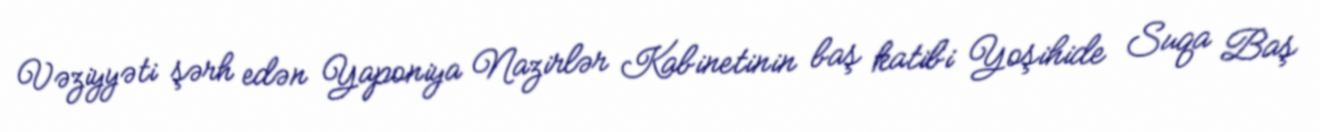
Vəziyyəti şərh edən Yaponiya Nazirlər Kabinetinin baş katibi Yoşihide Suqa Baş